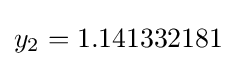
y_{2}=1.141332181